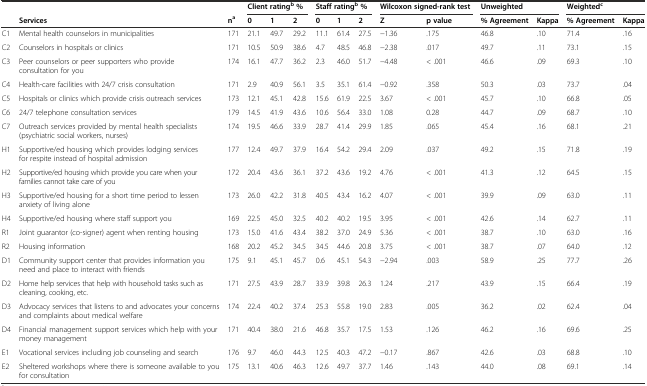
<table><thead><tr><td></td><td></td><td></td><td colspan="3"><b>Client rating<sup>b</sup>%</b></td><td colspan="3"><b>Staff rating<sup>b</sup>%</b></td><td colspan="2"><b>Wilcoxon signed-rank test</b></td><td colspan="2"><b>Unweighted</b></td><td colspan="2"><b>Weighted<sup>c</sup></b></td></tr><tr><td></td><td><b>Services</b></td><td><b>n<sup>a</sup></b></td><td><b>0</b></td><td><b>1</b></td><td><b>2</b></td><td><b>0</b></td><td><b>1</b></td><td><b>2</b></td><td><b>Z</b></td><td><b>p value</b></td><td><b>% Agreement</b></td><td><b>Kappa</b></td><td><b>% Agreement</b></td><td><b>Kappa</b></td></tr></thead><tbody><tr><td>C1</td><td>Mental health counselors in municipalities</td><td>171</td><td>21.1</td><td>49.7</td><td>29.2</td><td>11.1</td><td>61.4</td><td>27.5</td><td>−1.36</td><td>.175</td><td>46.8</td><td>.10</td><td>71.4</td><td>.16</td></tr><tr><td>C2</td><td>Counselors in hospitals or clinics</td><td>171</td><td>10.5</td><td>50.9</td><td>38.6</td><td>4.7</td><td>48.5</td><td>46.8</td><td>−2.38</td><td>.017</td><td>49.7</td><td>.11</td><td>73.1</td><td>.15</td></tr><tr><td>C3</td><td>Peer counselors or peer supporters who provide consultation for you</td><td>174</td><td>16.1</td><td>47.7</td><td>36.2</td><td>2.3</td><td>46.0</td><td>51.7</td><td>−4.48</td><td>&lt; .001</td><td>46.6</td><td>.09</td><td>69.3</td><td>.10</td></tr><tr><td>C4</td><td>Health-care facilities with 24/7 crisis consultation</td><td>171</td><td>2.9</td><td>40.9</td><td>56.1</td><td>3.5</td><td>35.1</td><td>61.4</td><td>−0.92</td><td>.358</td><td>50.3</td><td>.03</td><td>73.7</td><td>.04</td></tr><tr><td>C5</td><td>Hospitals or clinics which provide crisis outreach services</td><td>173</td><td>12.1</td><td>45.1</td><td>42.8</td><td>15.6</td><td>61.9</td><td>22.5</td><td>3.67</td><td>&lt; .001</td><td>45.7</td><td>.10</td><td>66.8</td><td>.05</td></tr><tr><td>C6</td><td>24/7 telephone consultation services</td><td>179</td><td>14.5</td><td>41.9</td><td>43.6</td><td>10.6</td><td>56.4</td><td>33.0</td><td>1.08</td><td>0.28</td><td>44.7</td><td>.09</td><td>68.7</td><td>.10</td></tr><tr><td>C7</td><td>Outreach services provided by mental health specialists (psychiatric social workers, nurses)</td><td>174</td><td>19.5</td><td>46.6</td><td>33.9</td><td>28.7</td><td>41.4</td><td>29.9</td><td>1.85</td><td>.065</td><td>45.4</td><td>.16</td><td>68.1</td><td>.21</td></tr><tr><td>H1</td><td>Supportive/ed housing which provides lodging services for respite instead of hospital admission</td><td>177</td><td>12.4</td><td>49.7</td><td>37.9</td><td>16.4</td><td>54.2</td><td>29.4</td><td>2.09</td><td>.037</td><td>49.2</td><td>.15</td><td>71.8</td><td>.19</td></tr><tr><td>H2</td><td>Supportive/ed housing which provide you care when your families cannot take care of you</td><td>172</td><td>20.4</td><td>43.6</td><td>36.1</td><td>37.2</td><td>43.6</td><td>19.2</td><td>4.76</td><td>&lt; .001</td><td>41.3</td><td>.12</td><td>64.5</td><td>.15</td></tr><tr><td>H3</td><td>Supportive/ed housing for a short time period to lessen anxiety of living alone</td><td>173</td><td>26.0</td><td>42.2</td><td>31.8</td><td>40.5</td><td>43.4</td><td>16.2</td><td>4.07</td><td>&lt; .001</td><td>39.9</td><td>.09</td><td>63.0</td><td>.11</td></tr><tr><td>H4</td><td>Supportive/ed housing where staff support you</td><td>169</td><td>22.5</td><td>45.0</td><td>32.5</td><td>40.2</td><td>40.2</td><td>19.5</td><td>3.95</td><td>&lt; .001</td><td>42.6</td><td>.14</td><td>62.7</td><td>.11</td></tr><tr><td>R1</td><td>Joint guarantor (co-signer) agent when renting housing</td><td>173</td><td>15.0</td><td>41.6</td><td>43.4</td><td>38.2</td><td>37.0</td><td>24.9</td><td>5.36</td><td>&lt; .001</td><td>38.7</td><td>.10</td><td>63.0</td><td>.16</td></tr><tr><td>R2</td><td>Housing information</td><td>168</td><td>20.2</td><td>45.2</td><td>34.5</td><td>34.5</td><td>44.6</td><td>20.8</td><td>3.75</td><td>&lt; .001</td><td>38.7</td><td>.07</td><td>64.0</td><td>.12</td></tr><tr><td>D1</td><td>Community support center that provides information you need and place to interact with friends</td><td>175</td><td>9.1</td><td>45.1</td><td>45.7</td><td>0.6</td><td>45.1</td><td>54.3</td><td>−2.94</td><td>.003</td><td>58.9</td><td>.25</td><td>77.7</td><td>.26</td></tr><tr><td>D2</td><td>Home help services that help with household tasks such as cleaning, cooking, etc.</td><td>171</td><td>27.5</td><td>43.9</td><td>28.7</td><td>33.9</td><td>39.8</td><td>26.3</td><td>1.24</td><td>.217</td><td>43.9</td><td>.15</td><td>66.4</td><td>.19</td></tr><tr><td>D3</td><td>Advocacy services that listens to and advocates your concerns and complaints about medical welfare</td><td>174</td><td>22.4</td><td>40.2</td><td>37.4</td><td>25.3</td><td>55.8</td><td>19.0</td><td>2.83</td><td>.005</td><td>36.2</td><td>.02</td><td>62.4</td><td>.04</td></tr><tr><td>D4</td><td>Financial management support services which help with your money management</td><td>171</td><td>40.4</td><td>38.0</td><td>21.6</td><td>46.8</td><td>35.7</td><td>17.5</td><td>1.53</td><td>.126</td><td>46.2</td><td>.16</td><td>69.6</td><td>.25</td></tr><tr><td>E1</td><td>Vocational services including job counseling and search</td><td>176</td><td>9.7</td><td>46.0</td><td>44.3</td><td>12.5</td><td>40.3</td><td>47.2</td><td>−0.17</td><td>.867</td><td>42.6</td><td>.03</td><td>68.8</td><td>.10</td></tr><tr><td>E2</td><td>Sheltered workshops where there is someone available to you for consultation</td><td>175</td><td>13.1</td><td>40.6</td><td>46.3</td><td>12.6</td><td>49.7</td><td>37.7</td><td>1.46</td><td>.143</td><td>44.0</td><td>.08</td><td>69.1</td><td>.14</td></tr></tbody></table>